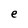
Character: e